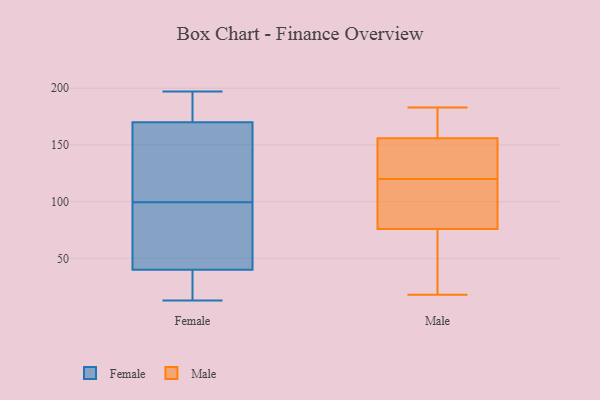
{"axis": {"x": "Inventory Turnover", "y": "Value"}, "legend": ["Female", "Male"], "data": [{"x": "", "y": 34, "type": "Female"}, {"x": "", "y": 31, "type": "Female"}, {"x": "", "y": 75, "type": "Female"}, {"x": "", "y": 124, "type": "Female"}, {"x": "", "y": 40, "type": "Female"}, {"x": "", "y": 170, "type": "Female"}, {"x": "", "y": 13, "type": "Female"}, {"x": "", "y": 50, "type": "Female"}, {"x": "", "y": 54, "type": "Female"}, {"x": "", "y": 63, "type": "Female"}, {"x": "", "y": 178, "type": "Female"}, {"x": "", "y": 151, "type": "Female"}, {"x": "", "y": 197, "type": "Female"}, {"x": "", "y": 172, "type": "Female"}, {"x": "", "y": 193, "type": "Female"}, {"x": "", "y": 127, "type": "Female"}, {"x": "", "y": 139, "type": "Female"}, {"x": "", "y": 26, "type": "Female"}, {"x": "", "y": 45, "type": "Male"}, {"x": "", "y": 156, "type": "Male"}, {"x": "", "y": 127, "type": "Male"}, {"x": "", "y": 113, "type": "Male"}, {"x": "", "y": 76, "type": "Male"}, {"x": "", "y": 159, "type": "Male"}, {"x": "", "y": 90, "type": "Male"}, {"x": "", "y": 183, "type": "Male"}, {"x": "", "y": 145, "type": "Male"}, {"x": "", "y": 18, "type": "Male"}]}